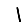
Digit: 1